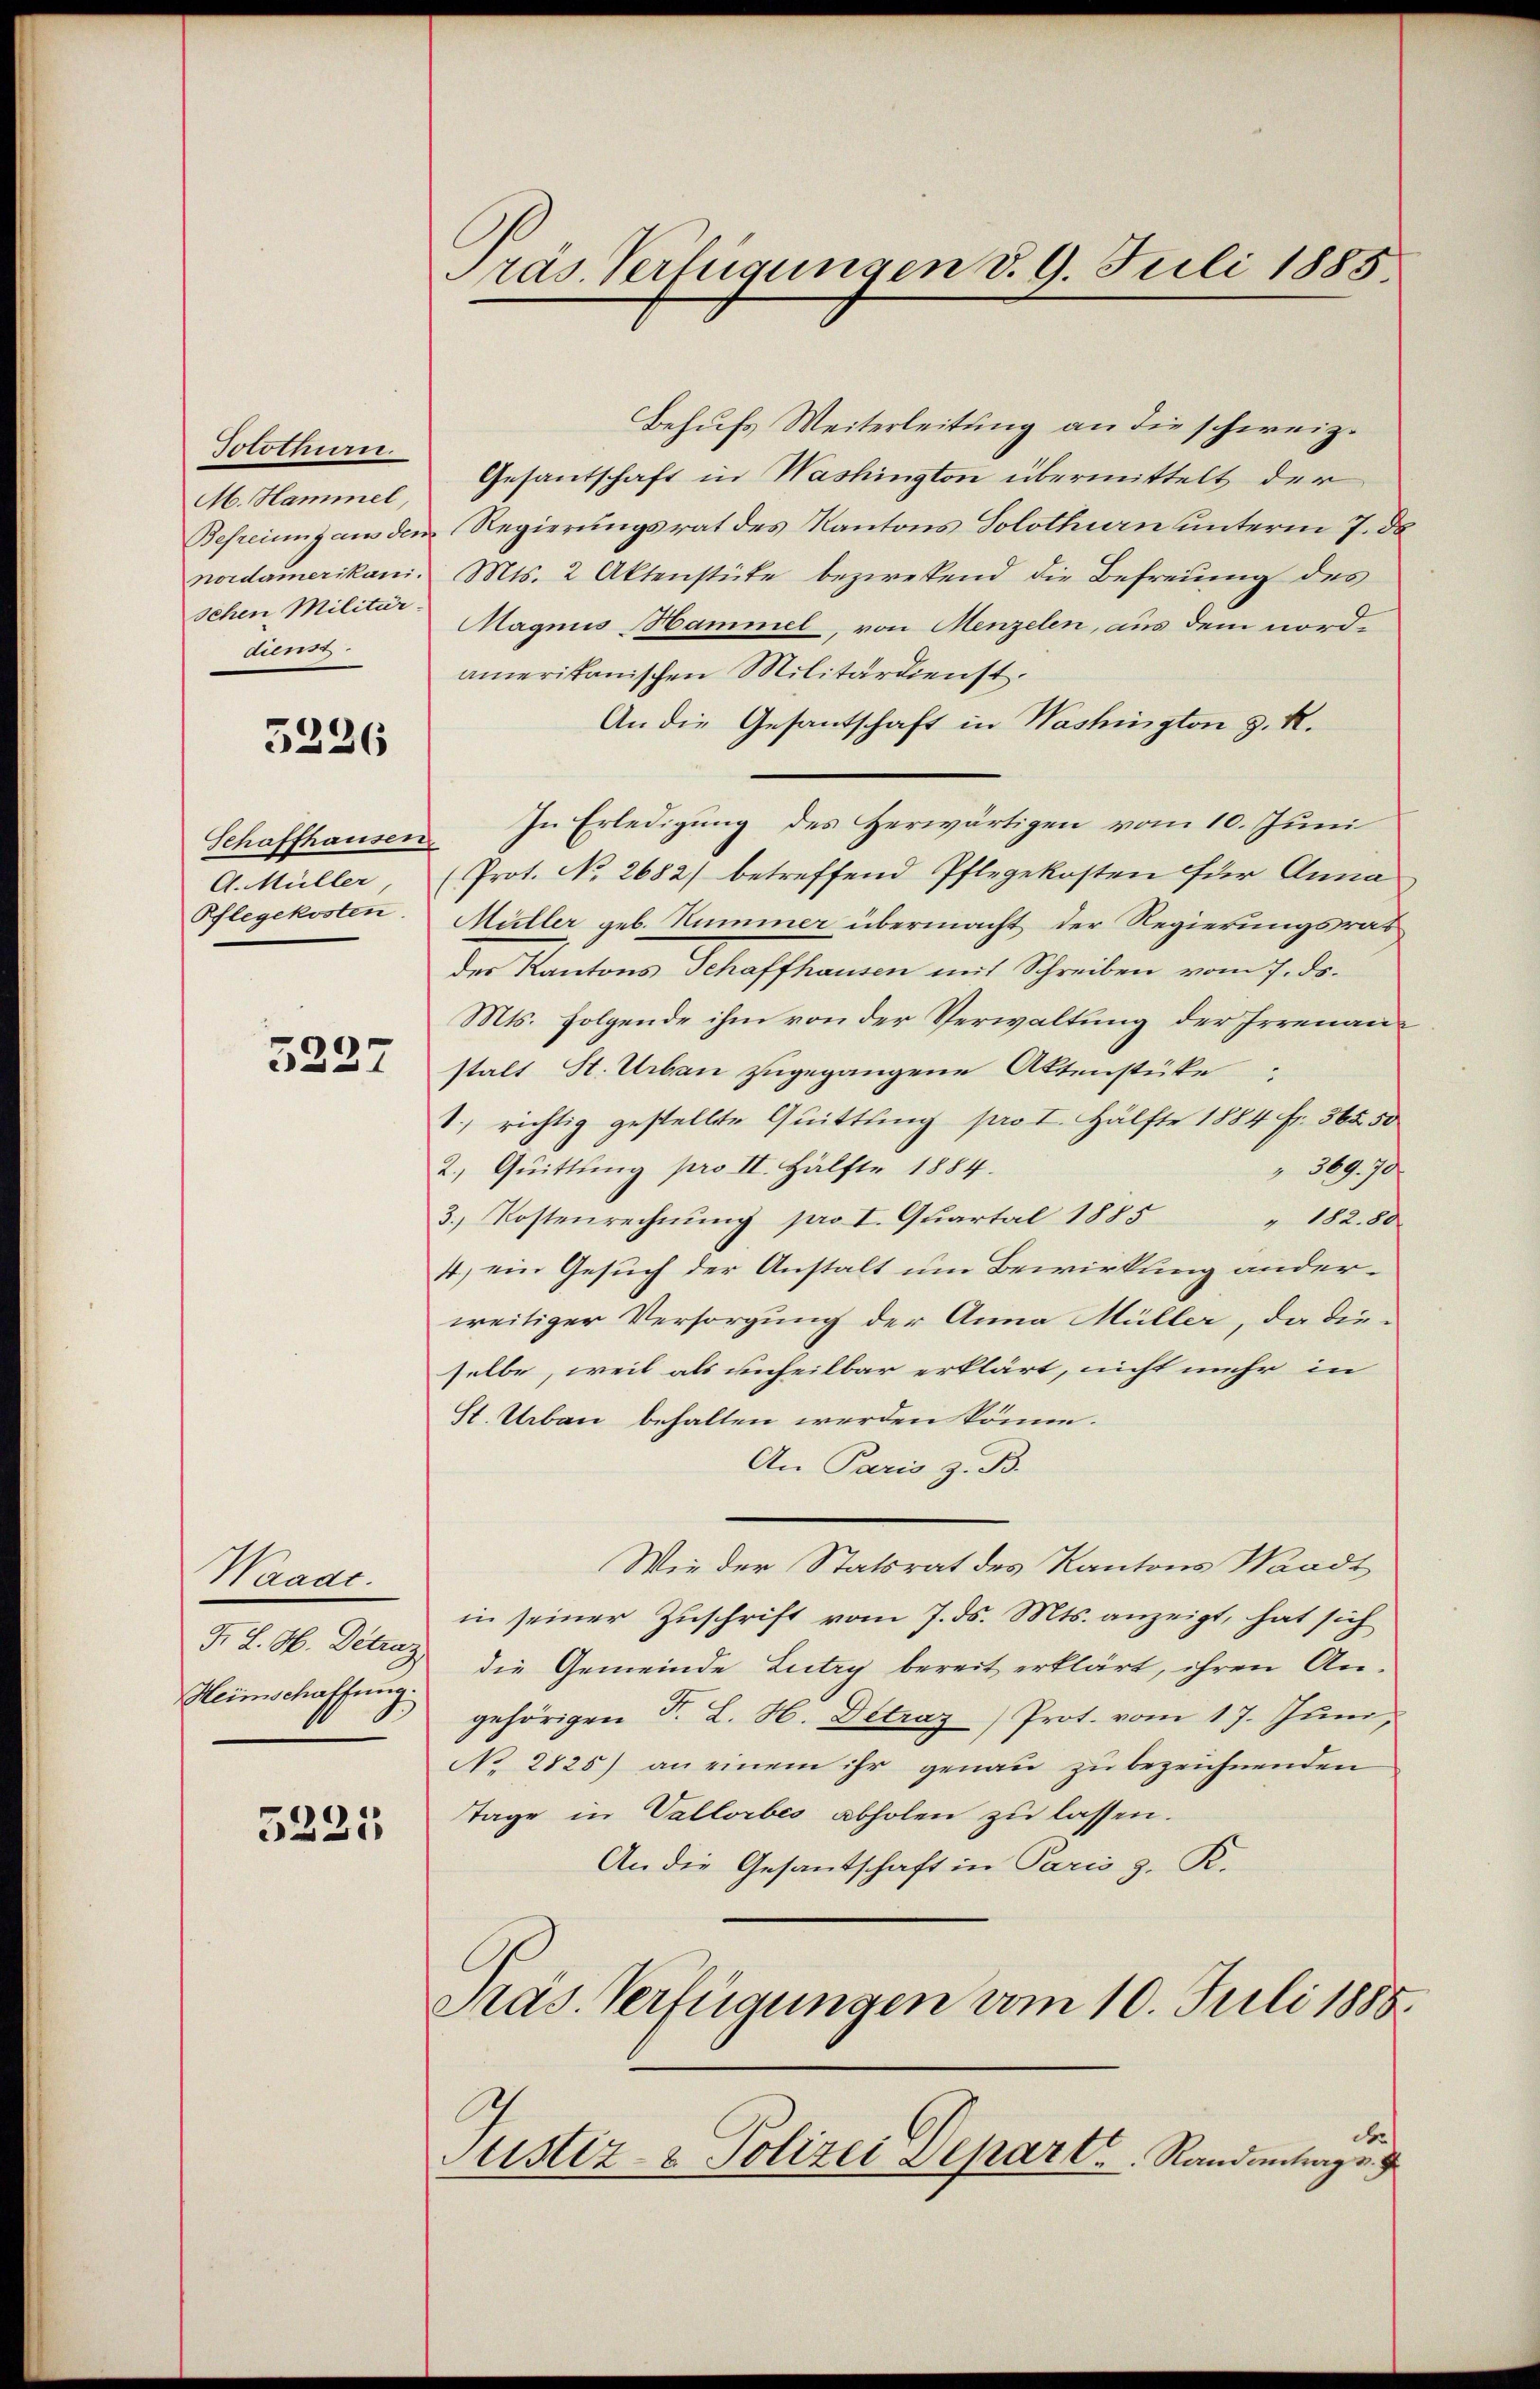
Solothurn.
M. Hammel,
nordamerikani.
Schen Militär.
dienst

5226

Schaffhausen
A. Müller,
Pflegekosten.

5227

Waage.
F. L. M. Detrag
Heimschaffung.

5221

Präs. Verfügungen d. 9. Juli 1885.

Behufs Weiterleitung an die schweiz.
Gesantschaft in Washington übermittelt der
Befreiung aus dem Regierungsrat des Kantons Solothurn unterm 7. de
Mts. 2 Aktenstücke bezwesend die Befreiung des
Magnus Hammel, von Menzelen, aus dem nordamerikanischen Militärdienst.
An die Gesantschaft in Washington z. R.
In Erledigung des Herwärtigen vom 10. Juni
Prot. No. 2682) betreffend Pflegekosten für Anna
Müller geb. Hummer übermacht der Regierungsrat
der Kantons Schaffhausen mit Schreiben vom 7. ds.
Mts. folgende ihm von der Verwaltung der Irrenaustalt St. Urban zugegangene Aktenstüke
S. richtig gestellte Quittung pro I. Hälfte 1884 Fr. 365 50
2. Quittung pro II. Hälfte 1884.
" 369. 70
3. Kostenrechnung pro I. Quartal 1885
" 182. 80
4) ein Gesuch der Anstalt um Bewirkung anderweitiger Versorgung der Anna Müller, da die-
selbe, weil als unheilbar erklärt, nicht mehr in
St. Urbau behalten werden könne.
An Paris z. B.
Wie der Statsrat des Kantons Waadt
in seiner Zuschrift vom 7. ds. Mts. anzeigt, hat sich
die Gemeinde Lutry bereit erklärt, ihren Angehörigen F. L. H. Detraz) Prot. vom 17. Juni,
No. 2825) an einem ihr genaŭ zŭ bezeichnenden
Tage in Vallorbes abholen zu lassen.
An die Gesandschaft in Paris z. R.
Präs. Verfügungen am 10. Juli 1888.
der
Stistiz- & Polizei Depart. Randantings